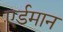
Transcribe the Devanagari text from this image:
एर्डमान